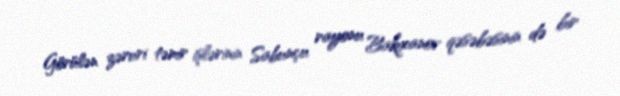
Görülən zəruri təmir işlərinin Sabunçu rayonu Bakıxanov qəsəbəsinin də bir